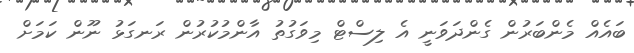
ބައެއް މެންބަރުން ގެންދަވަނީ އެ ލިސްޓް މިވަގުތު އާންމުކުރުން ރަނގަޅު ނޫން ކަމަށް